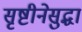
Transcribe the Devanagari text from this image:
सृष्टीनेसुद्धा